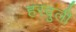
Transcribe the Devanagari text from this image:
हरदुली